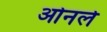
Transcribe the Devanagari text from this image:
ओनले